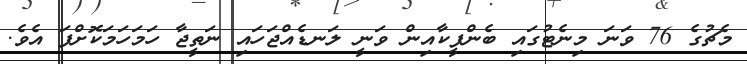
މެޗުގެ 76 ވަނަ މިނެޓުގައި ބެންފީކާއިން ވަނީ ލަނޑެއްޖަހައި ނަތީޖާ ހަމަހަމަކޮށްފަ އެވެ.